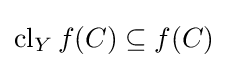
\operatorname {cl} _{Y}f(C)\subseteq f(C)